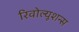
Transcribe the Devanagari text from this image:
रिवोल्यूशन्स